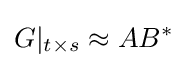
G|_{t\times s}\approx AB^{*}